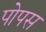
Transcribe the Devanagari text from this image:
पोपस